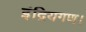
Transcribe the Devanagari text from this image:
इंद्रियगण।